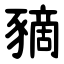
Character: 豴